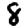
Digit: 8